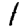
Digit: 1